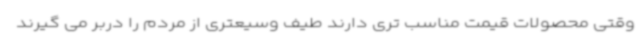
وقتی محصولات قیمت مناسب تری دارند طیف وسیعتری از مردم را دربر می گیرند